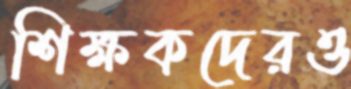
শিক্ষকদেরও